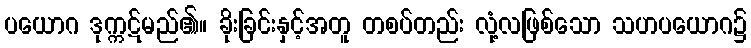
ပယောဂ ဒုက္ကဋ်မည်၏။ ခိုးခြင်းနှင့်အတူ တစပ်တည်း လုံ့လဖြစ်သော သဟပယောဂ၌